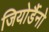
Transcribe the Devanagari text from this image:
जियोर्डैनो